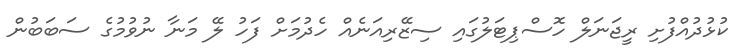
ކުޅުދުއްފުށި ރީޖަނަލް ހޮސްޕިޓަލުގައި ސިޒޭރިއަނެއް ހެދުމަށް ފަހު ލޭ މަނާ ނުވުމުގެ ސަބަބުން